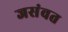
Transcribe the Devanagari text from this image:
जसंवत